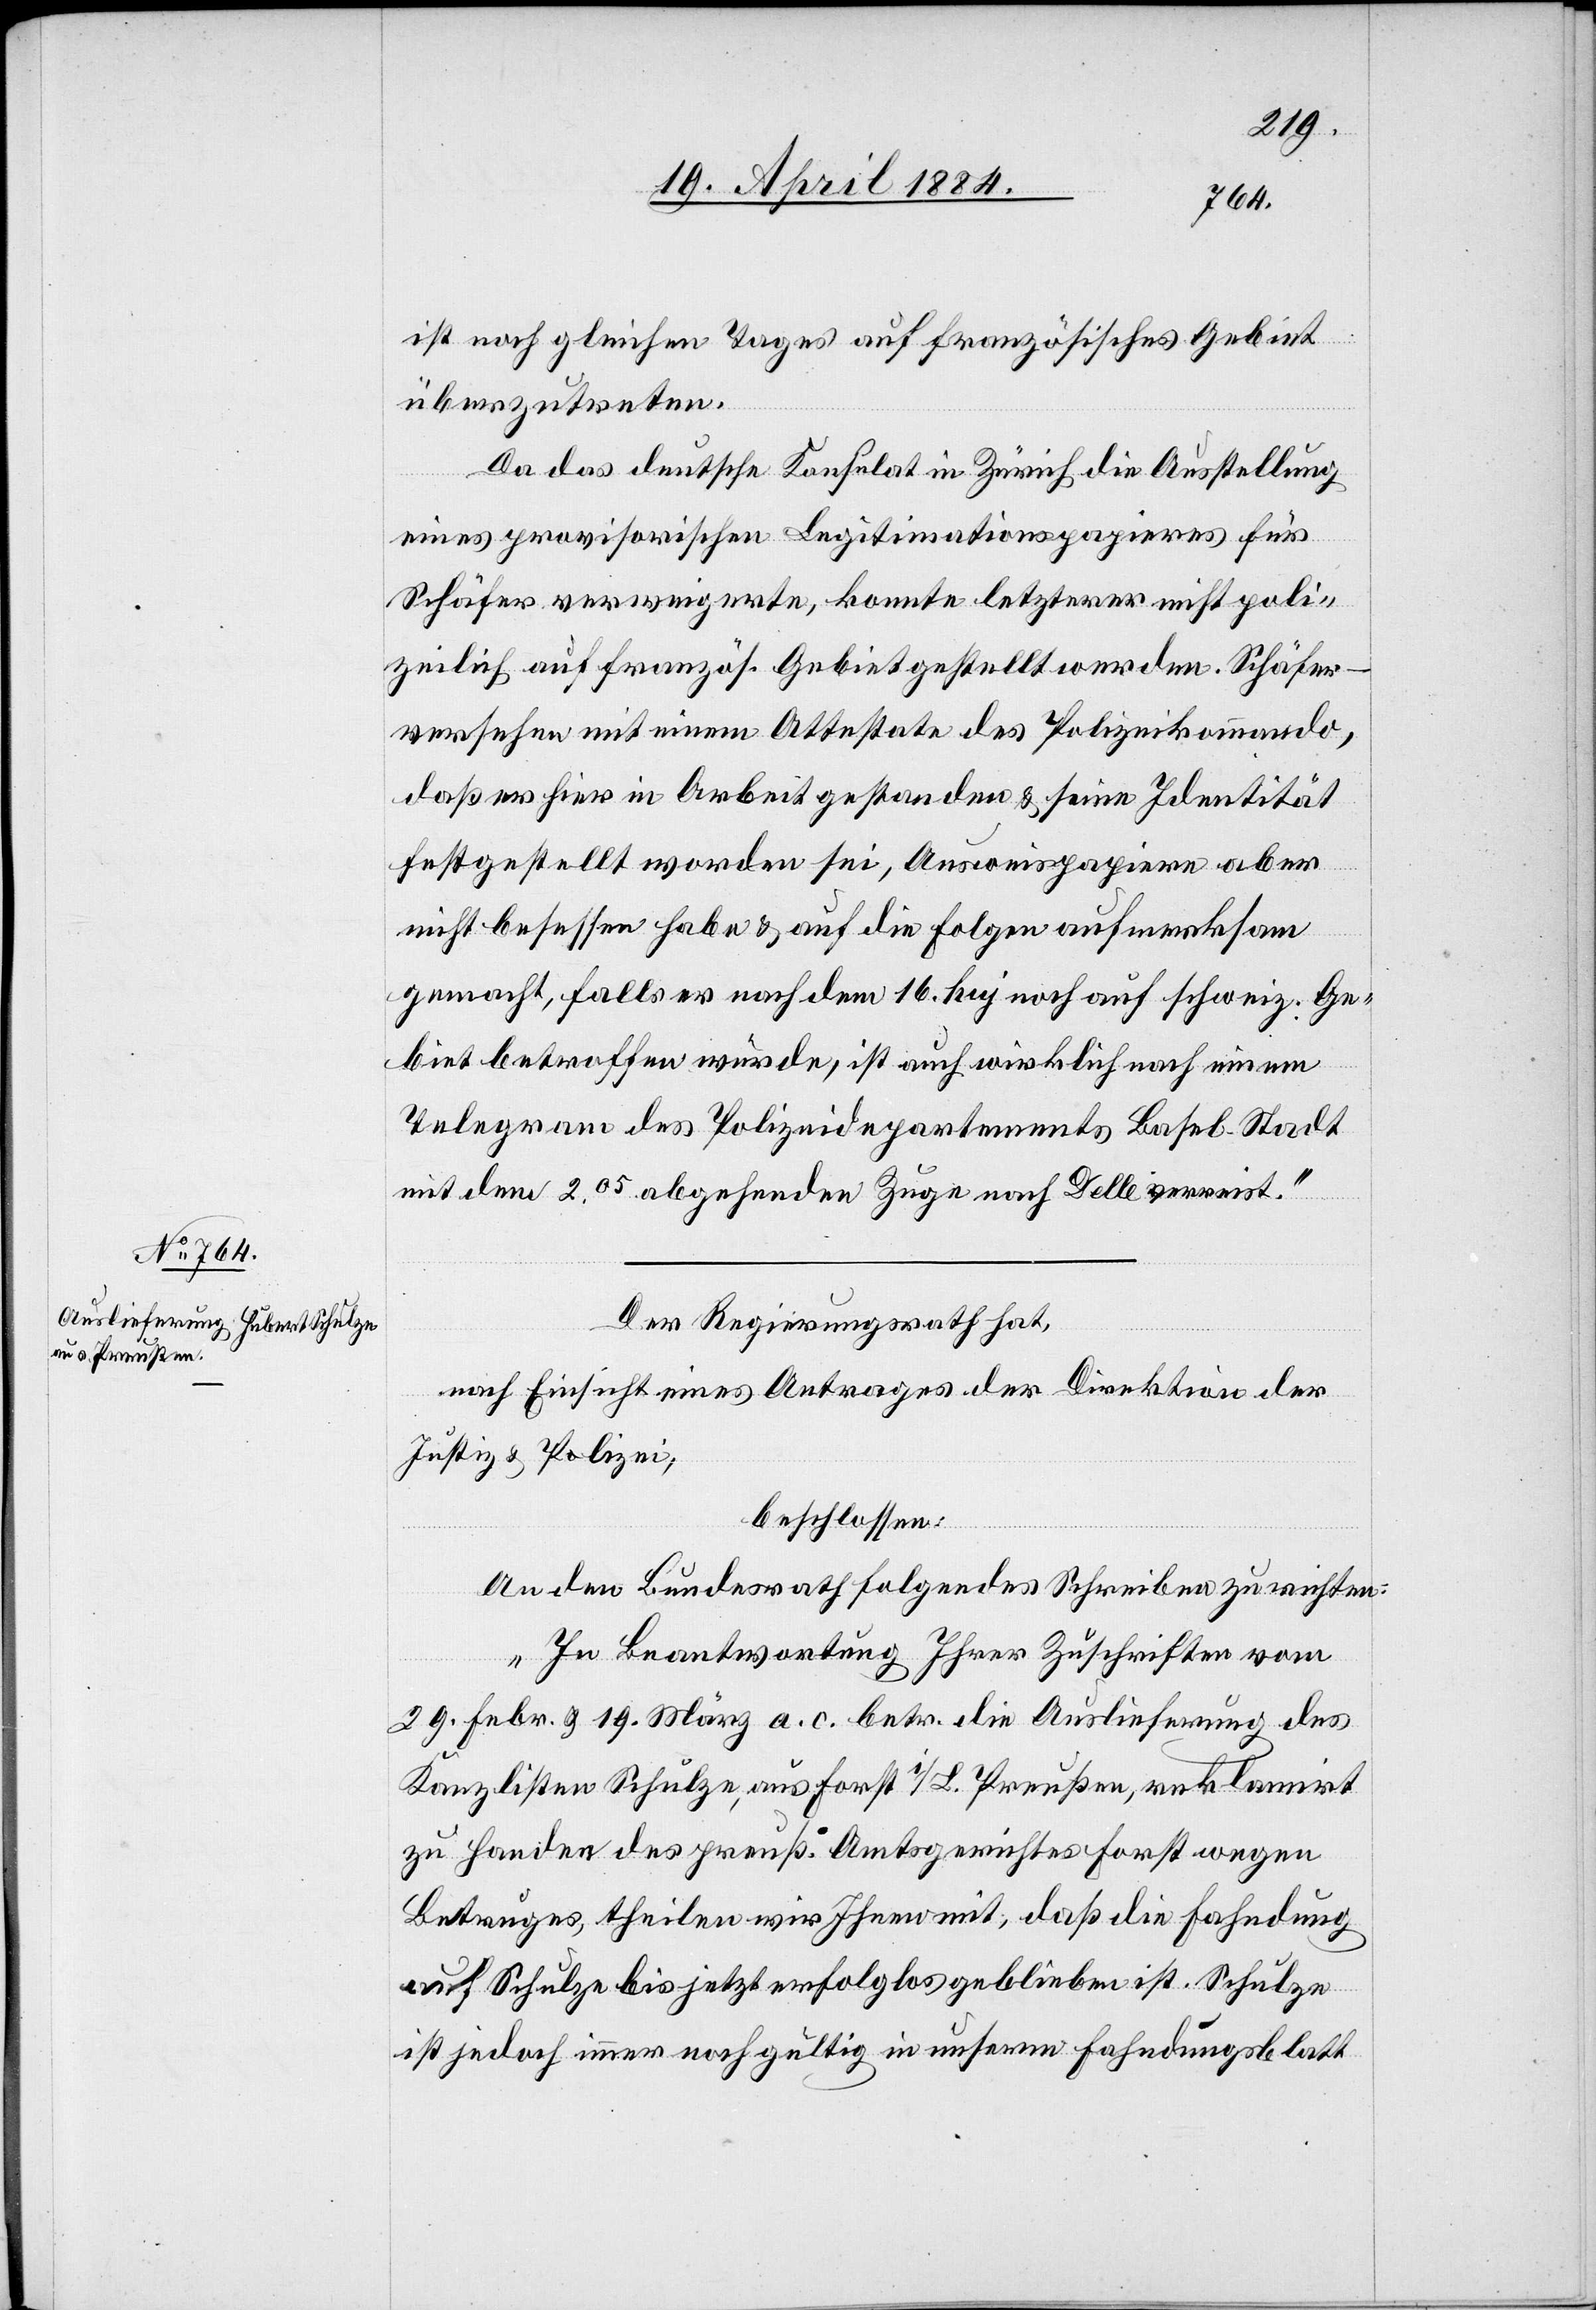
ist noch gleichen Tages auf französisches Gebiet
überzutreten.
Da das deutsche Konsulat in Zürich die Ausstellung
eines provisorischen Legitimationspapieres für
Schäfer verweigerte, konnte letzterer nicht poli¬
zeilich auf französ. Gebiet gestellt werden. Schäfer
versehen mit einem Atteste des Polizeikommando,
daß er hier in Arbeit gestanden & seine Identität
festgestellt worden sei, Ausweispapiere aber
nicht besessen habe & auf die Folgen aufmerksam
gemacht, falls er nach dem 16. huj noch auf schweiz. Ge¬
biet getroffen würde, ist auch wirklich nach einem
Telegram des Polizeidepartements Basel Stadt
mit dem 2.05 abgehenden Zuge nach Delle verreist.“
Der Regierungsrath hat,
nach Einsicht eines Antrages der Direktion der
Justiz & Polizei,
beschlossen:
An den Bundesrath folgendes Schreiben zu richten:
„In Beantwortung Ihrer Zuschriften vom
29. Febr. & 19. März a. c. betr. die Auslieferung des
Kanzlisten Schulze aus Forst i/L. Preußen, reklamirt
zu Handen des preuß. Amtsgerichtes Forst wegen
Betruges, theilen wir Ihnen mit, daß die Fahndung
auf Schulze bis jetzt erfolglos geblieben ist. Schulze
ist jedoch immer noch gultig [sic!] in unserem Fahndungsblatt